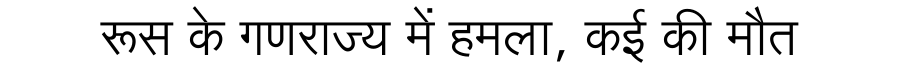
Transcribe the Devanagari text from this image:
रूस के गणराज्य में हमला, कई की मौत